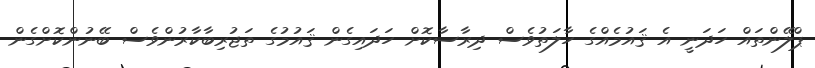
ޕްލޭންތައް ހަދަނީ އެ ޤައުމެއްގެ ހާލަތުވެސް ދިރާސާކޮށް ހަދައިގެން ޤައުމުގެ ތަޖުރިބާކާރުންވެސް ބޭނުންކޮށްގެން